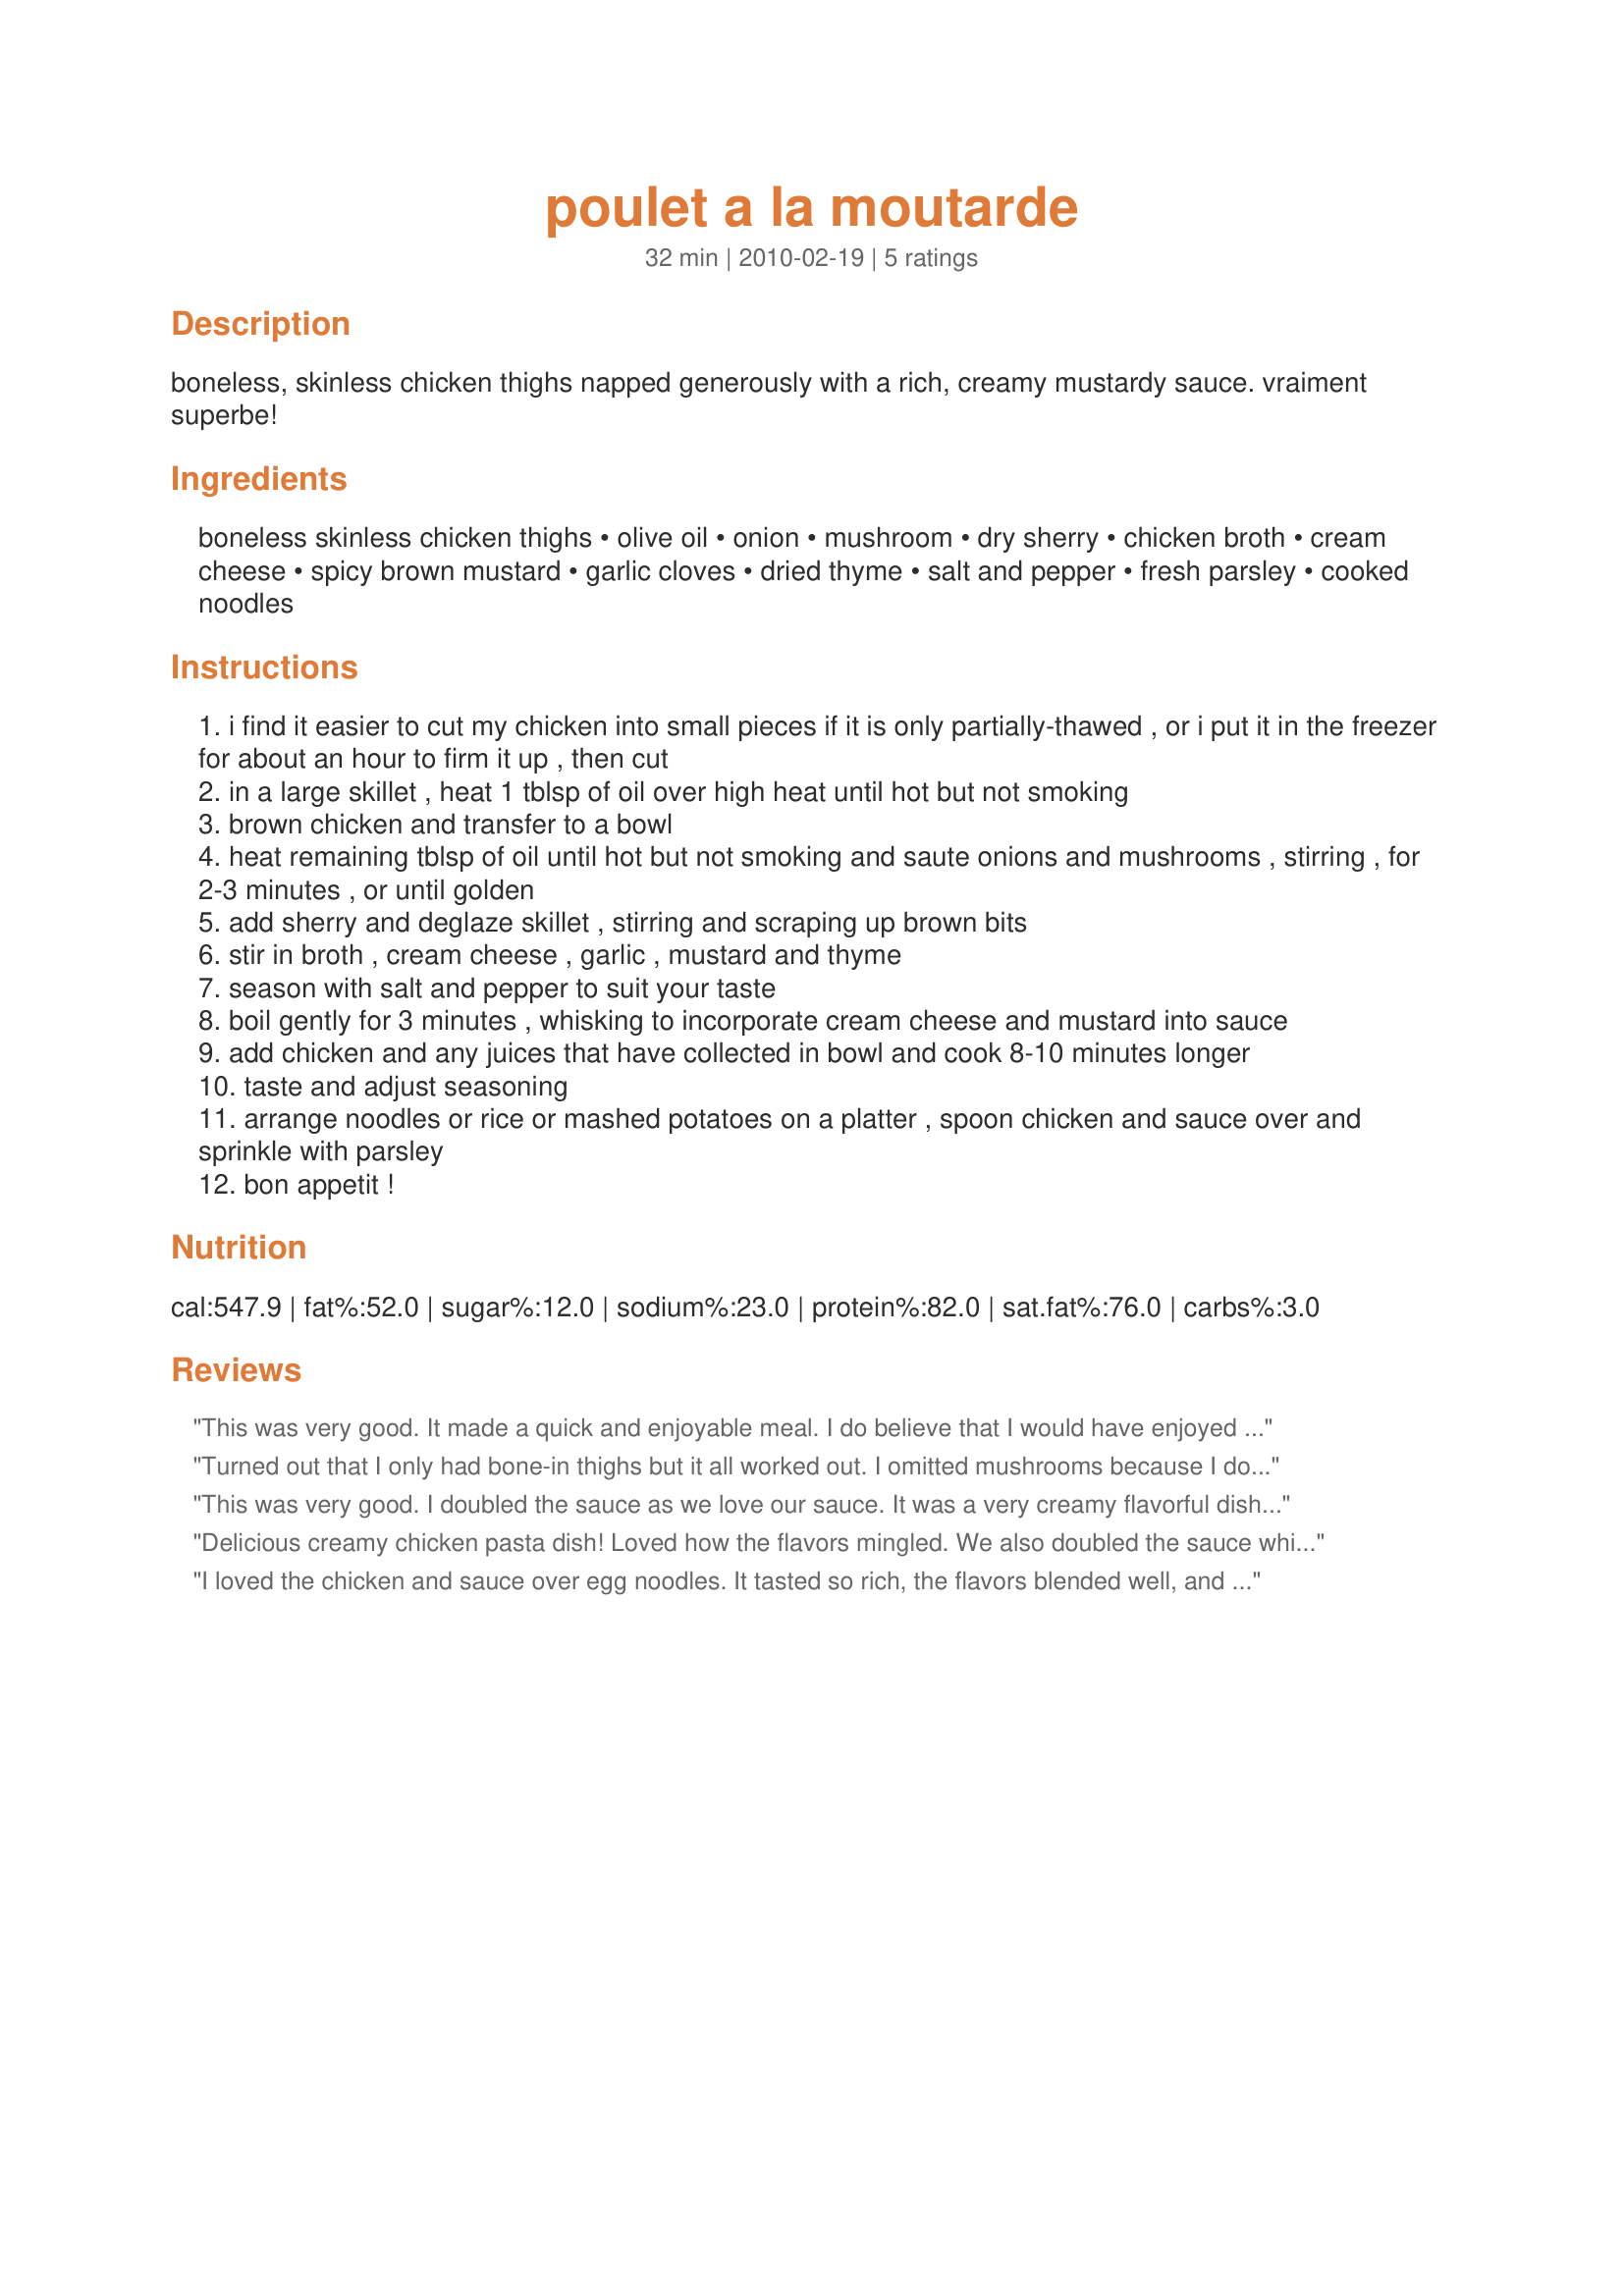
poulet a la moutarde
Preparation time: 32 minutes

boneless, skinless chicken thighs napped generously with a rich, creamy mustardy sauce. vraiment superbe!

Ingredients:
boneless skinless chicken thighs, olive oil, onion, mushroom, dry sherry, chicken broth, cream cheese, spicy brown mustard, garlic cloves, dried thyme, salt and pepper, fresh parsley, cooked noodles

Steps:
i find it easier to cut my chicken into small pieces if it is only partially-thawed , or i put it in the freezer for about an hour to firm it up , then cut
in a large skillet , heat 1 tblsp of oil over high heat until hot but not smoking
brown chicken and transfer to a bowl
heat remaining tblsp of oil until hot but not smoking and saute onions and mushrooms , stirring , for 2-3 minutes , or until golden
add sherry and deglaze skillet , stirring and scraping up brown bits
stir in broth , cream cheese , garlic , mustard and thyme
season with salt and pepper to suit your taste
boil gently for 3 minutes , whisking to incorporate cream cheese and mustard into sauce
add chicken and any juices that have collected in bowl and cook 8-10 minutes longer
taste and adjust seasoning
arrange noodles or rice or mashed potatoes on a platter , spoon chicken and sauce over and sprinkle with parsley
bon appetit !

Reviews:
This was very good. It made a quick and enjoyable meal. I do believe that I would have enjoyed this more with white meat chicken. I did change up the cooking process a little; i.e., cooking the onions and garlic until done and then stirring in the mushrooms and chicken. It was served over medium shell pasta and served with an asparagus salad. Good luck in RSC.
Turned out that I only had bone-in thighs but it all worked out. I omitted mushrooms because I don't care for them but otherwise followed directions as written. This was yummy! Thank you & good luck in the contest!
This was very good. I doubled the sauce as we love our sauce. It was a very creamy flavorful dish. The only deviation was that I used sweet sherry.
Good luck in the contest!
Delicious creamy chicken pasta dish!
Loved how the flavors mingled. We also doubled the sauce which we sopped up with freshly made ABM bread. Thanks for creating this dish and good luck!
I loved the chicken and sauce over egg noodles. It tasted so rich, the flavors blended well, and it makes a good use of the lowly chicken thigh :-)
